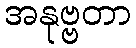
အနုဗ္ဗတာ